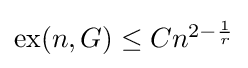
{\textstyle \operatorname {ex} (n,G)\leq Cn^{2-{\frac {1}{r}}}}